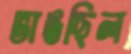
ভাঙছিল